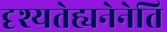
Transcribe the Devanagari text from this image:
दृश्यतेह्यनेनेति